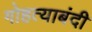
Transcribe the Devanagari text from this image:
गोहत्याबंदी